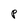
Character: P